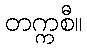
တက္ကစီ။